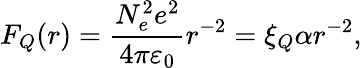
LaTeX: F_{Q}(r)=\frac{N_{e}^{2}e^{2}}{4\pi\varepsilon_{0}}r^{-2}=\xi_{Q}\alpha r^{-2},